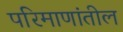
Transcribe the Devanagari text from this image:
परिमाणांतील